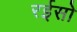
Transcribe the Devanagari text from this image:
रईसो